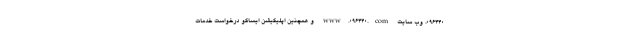
۰۹۶۴۴۰، وب سایت www.096440.com و همچنین اپلیکیشن ایساکو درخواست خدمات